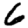
Digit: 6